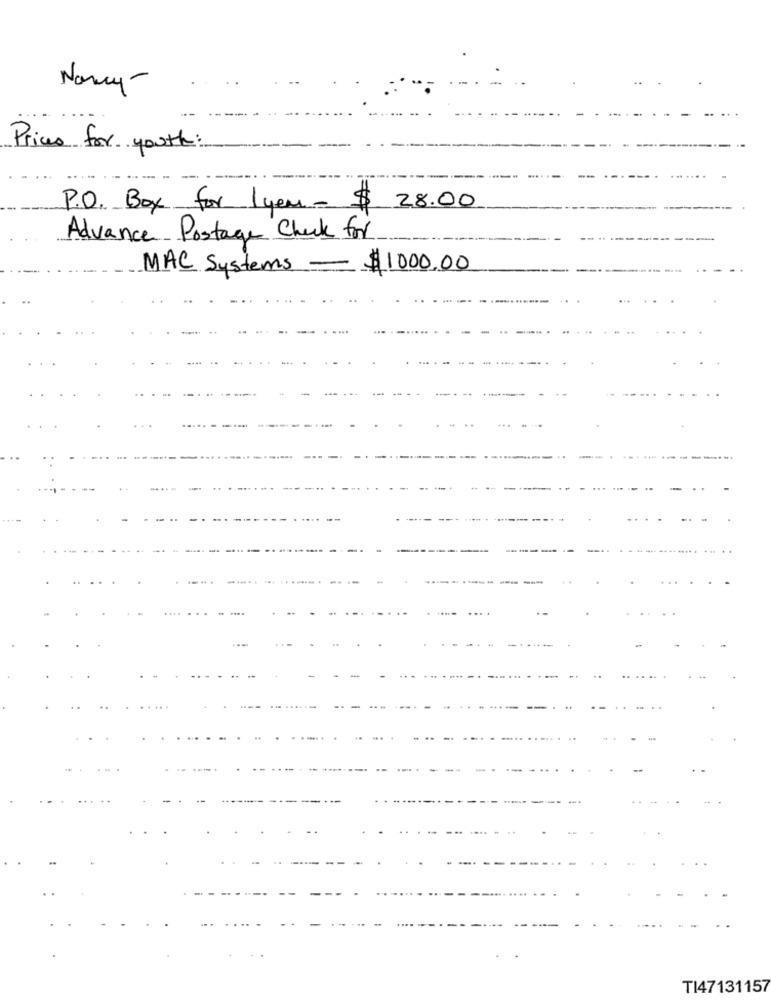
Nancy-
Prices for youth:
P.O. Box for 1 year - $ 28.00
Advance Postage Check for
MAC Systems $1000.00
-
TI47131157